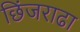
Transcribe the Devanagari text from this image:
छिंजराढा